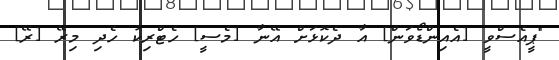
"ޕީއެސްވީ [އެއިންޑޯވަން] އާ ދެކޮޅަށް އޭނާ [މެސީ] ހެޓްރިކު ހެދި މިރޭ [ރޭ]